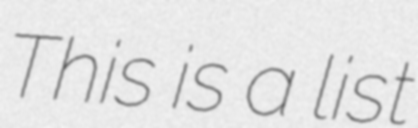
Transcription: This is a list